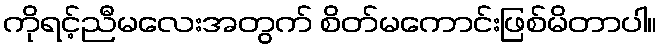
ကိုရင့်ညီမလေးအတွက် စိတ်မကောင်းဖြစ်မိတာပါ။